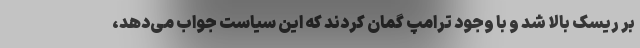
بر ریسک بالا شد و با وجود ترامپ گمان کردند که این سیاست جواب می‌دهد،